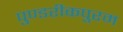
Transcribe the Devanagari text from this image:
पुण्डरीकपुरम